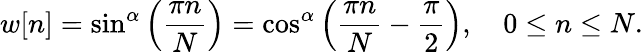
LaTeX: w[n]=\sin^{\alpha}\left({\frac{\pi n}{N}}\right)=\cos^{\alpha}\left({\frac{\pi n}{N}}-{\frac{\pi}{2}}\right),\quad 0\leq n\leq N.